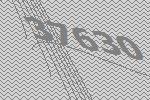
37630